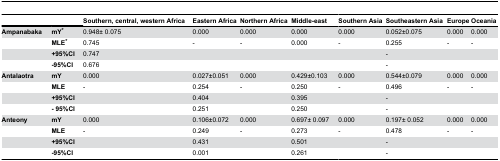
<table><thead><tr><td colspan="2"></td><td><b>Southern, central, western Africa</b></td><td><b>Eastern Africa</b></td><td><b>Northern Africa</b></td><td><b>Middle-east</b></td><td><b>Southern Asia</b></td><td><b>Southeastern Asia</b></td><td><b>Europe</b></td><td><b>Oceania</b></td></tr></thead><tbody><tr><td><b>Ampanabaka</b></td><td><b>mY*</b></td><td>0.948± 0.075</td><td>0.000</td><td>0.000</td><td>0.000</td><td>0.000</td><td>0.052±0.075</td><td>0.000</td><td>0.000</td></tr><tr><td></td><td><b>MLE*</b></td><td>0.745</td><td>-</td><td>-</td><td>0.000</td><td>-</td><td>0.255</td><td>-</td><td>-</td></tr><tr><td></td><td><b>+95%CI</b></td><td>0.747</td><td></td><td></td><td></td><td></td><td>-</td><td></td><td></td></tr><tr><td></td><td><b>-95%CI</b></td><td>0.676</td><td></td><td></td><td></td><td></td><td>-</td><td></td><td></td></tr><tr><td><b>Antalaotra</b></td><td><b>mY</b></td><td>0.000</td><td>0.027±0.051</td><td>0.000</td><td>0.429±0.103</td><td>0.000</td><td>0.544±0.079</td><td>0.000</td><td>0.000</td></tr><tr><td></td><td><b>MLE</b></td><td>-</td><td>0.254</td><td>-</td><td>0.250</td><td>-</td><td>0.496</td><td>-</td><td>-</td></tr><tr><td></td><td><b>+95%CI</b></td><td></td><td>0.404</td><td></td><td>0.395</td><td></td><td>-</td><td></td><td></td></tr><tr><td></td><td><b>- 95%CI</b></td><td></td><td>0.251</td><td></td><td>0.250</td><td></td><td>-</td><td></td><td></td></tr><tr><td><b>Anteony</b></td><td><b>mY</b></td><td>0.000</td><td>0.106±0.072</td><td>0.000</td><td>0.697± 0.097</td><td>0.000</td><td>0.197± 0.052</td><td>0.000</td><td>0.000</td></tr><tr><td></td><td><b>MLE</b></td><td>-</td><td>0.249</td><td>-</td><td>0.273</td><td>-</td><td>0.478</td><td>-</td><td>-</td></tr><tr><td></td><td><b>+95%CI</b></td><td></td><td>0.431</td><td></td><td>0.501</td><td></td><td>-</td><td></td><td></td></tr><tr><td></td><td><b>-95%CI</b></td><td></td><td>0.001</td><td></td><td>0.261</td><td></td><td>-</td><td></td><td></td></tr></tbody></table>